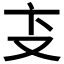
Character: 𰆴